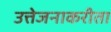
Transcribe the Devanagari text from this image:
उत्तेजनाकरीता